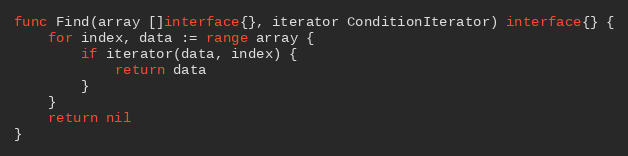
Language: Go
func Find(array []interface{}, iterator ConditionIterator) interface{} {
	for index, data := range array {
		if iterator(data, index) {
			return data
		}
	}
	return nil
}